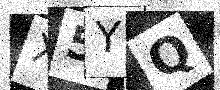
Text: X5YQ